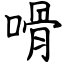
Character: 嗗